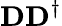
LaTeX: \mathbf{D}\mathbf{D}^{\dagger}